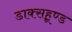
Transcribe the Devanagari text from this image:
डाक्सहूण्ड